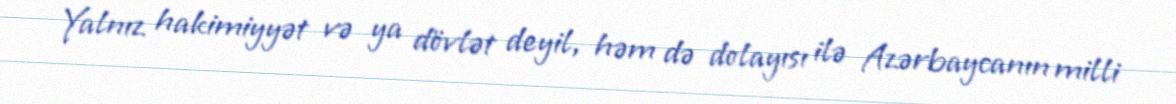
Yalnız hakimiyyət və ya dövlət deyil, həm də dolayısı ilə Azərbaycanın milli